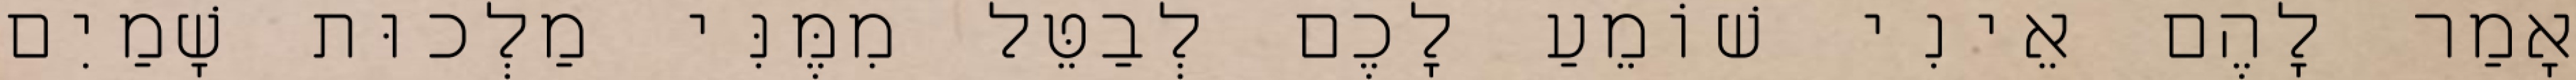
אָמַר לָהֶם אֵינִי שׁוֹמֵעַ לָכֶם לְבַטֵּל מִמֶּנִּי מַלְכוּת שָׁמַיִם